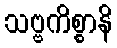
သဗ္ဗကိစ္စာနိ